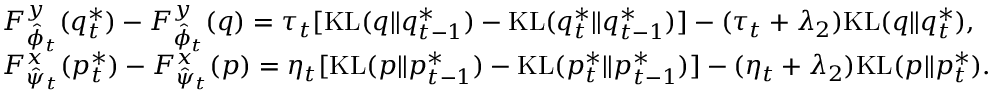
\begin{array} { r l } & { F _ { \hat { \phi } _ { t } } ^ { y } ( q _ { t } ^ { * } ) - F _ { \hat { \phi } _ { t } } ^ { y } ( q ) = \tau _ { t } [ \mathrm { K L } ( q \| q _ { t - 1 } ^ { * } ) - \mathrm { K L } ( q _ { t } ^ { * } \| q _ { t - 1 } ^ { * } ) ] - ( \tau _ { t } + \lambda _ { 2 } ) \mathrm { K L } ( q \| q _ { t } ^ { * } ) , } \\ & { F _ { \hat { \psi } _ { t } } ^ { x } ( p _ { t } ^ { * } ) - F _ { \hat { \psi } _ { t } } ^ { x } ( p ) = \eta _ { t } [ \mathrm { K L } ( p \| p _ { t - 1 } ^ { * } ) - \mathrm { K L } ( p _ { t } ^ { * } \| p _ { t - 1 } ^ { * } ) ] - ( \eta _ { t } + \lambda _ { 2 } ) \mathrm { K L } ( p \| p _ { t } ^ { * } ) . } \end{array}